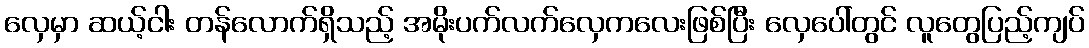
လှေမှာ ဆယ့်ငါး တန်လောက်ရှိသည့် အမိုးပက်လက်လှေကလေးဖြစ်ပြီး လှေပေါ်တွင် လူတွေပြည့်ကျပ်